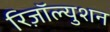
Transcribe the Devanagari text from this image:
रिज़ॉल्युशन